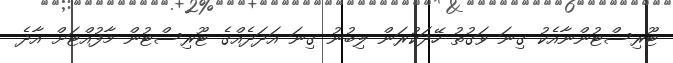
ޓޫރިސްޓުންނާއެކު ގިނަ ވަގުތު ހޭދަކުރަން ލިބުނު ގިނަ އަދަދެއްގެ ޓޫރިސްޓުން މާފުއްޓަށް އާދެ